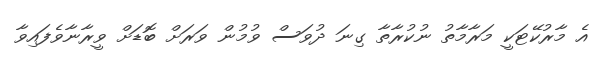
އެ މާރުކޭޓަކީ މަރާމާތު ނުކުރާތާ ގިނަ ދުވަސް ވުމުން ވަރަށް ބޮޑަށް ވީރާނާވެފައިވާ